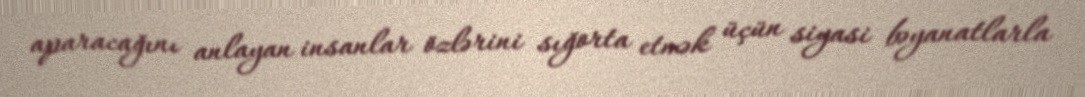
aparacağını anlayan insanlar özlərini sığorta etmək üçün siyasi bəyanatlarla